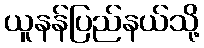
ယူနန်ပြည်နယ်သို့